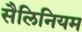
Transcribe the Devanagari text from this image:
सैलिनियम